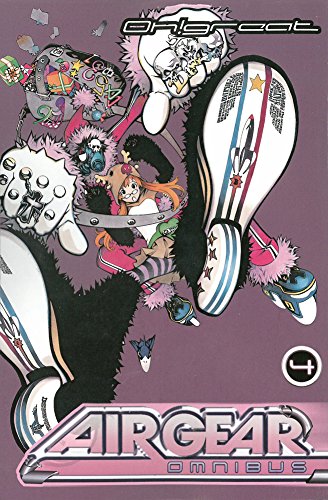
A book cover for Air Gear Omnibus 4; Oh!Great; Comics & Graphic Novels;